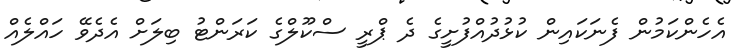
އެހެންކަމުން ފެނަކައިން ކުޅުދުއްފުށީގެ ދެ ޕްރީ ސްކޫލްގެ ކަރަންޓު ބިލަށް އެދެވޭ ހައްލެއް